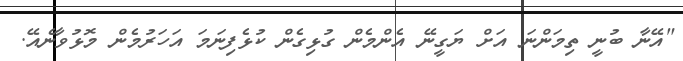
"އޭނާ ބުނީ ތިމަންނަ އަށް ޔަގީނޭ އެންމެން ގުޅިގެން ކުޅެފިނަމަ އަަހަރުމެން މޮޅުވާނެއޭ.